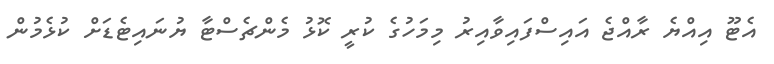
އެޓޫ އިއްޔެ ރާއްޖެ އައިސްފައިވާއިރު މިމަހުގެ ކުރީ ކޮޅު މެންޗެސްޓާ ޔުނައިޓެޑަށް ކުޅެމުން